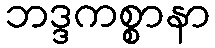
ဘဒ္ဒကစ္စာနာ